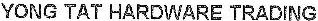
YONG TAT HARDWARE TRADING